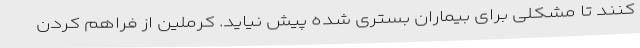
کنند تا مشکلی برای بیماران بستری شده پیش نیاید. کرملین از فراهم کردن